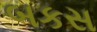
બકસ